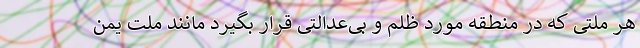
هر ملتی که در منطقه مورد ظلم و بی‌عدالتی قرار بگیرد مانند ملت یمن